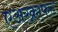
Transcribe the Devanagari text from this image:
एअरक्राफट